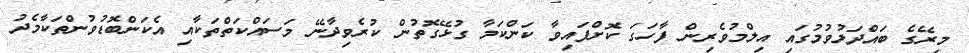
މިރޭގެ ބައްދަލުވުމުގައި އިލްމުވެރިން ފާހަގަ ކޮށްފައިވާ ކަންކަމާ ގުޅޭގޮތުން ކުރެވިދާނޭ މަސައްކަތްތަަކާއި އެކަންބޮޑުވުންތަކާމެދު